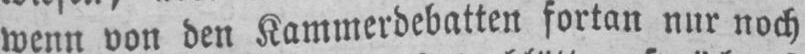
wenn von den Kammerdebatten fortan nur noch